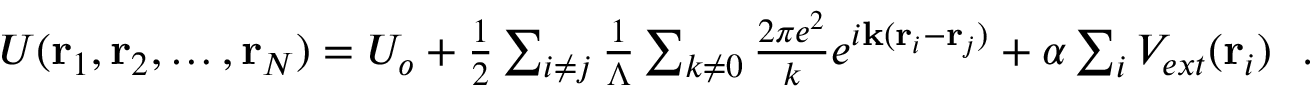
\begin{array} { r } { U ( { \bf r } _ { 1 } , { \bf r } _ { 2 } , \ldots , { \bf r } _ { N } ) = U _ { o } + \frac { 1 } { 2 } \sum _ { i \neq j } \frac { 1 } { \Lambda } \sum _ { k \neq 0 } \frac { 2 \pi e ^ { 2 } } { k } e ^ { i { \bf k } ( { \bf r } _ { i } - { \bf r } _ { j } ) } + \alpha \sum _ { i } V _ { e x t } ( { \bf r } _ { i } ) ~ ~ . } \end{array}